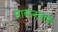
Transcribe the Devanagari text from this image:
सावानातर्फे